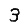
Digit: 3